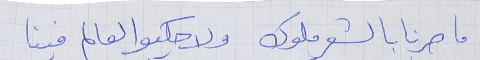
ما صرنا بالشعر ملوك     ولا حكيو العالم فينا